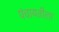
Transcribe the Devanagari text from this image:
पंचायतीला